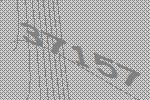
37157